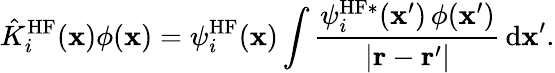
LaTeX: \hat{K}_{i}^{\mathrm{HF}}(\mathbf{x})\phi(\mathbf{x})=\psi_{i}^{\mathrm{HF}}(\mathbf{x})\int\frac{\psi_{i}^{\mathrm{HF}\ast}(\mathbf{x}^{\prime})\, \phi(\mathbf{x}^{\prime})}{|\mathbf{r}-\mathbf{r}^{\prime}|}\, \mathrm{d}\mathbf{x}^{\prime}.